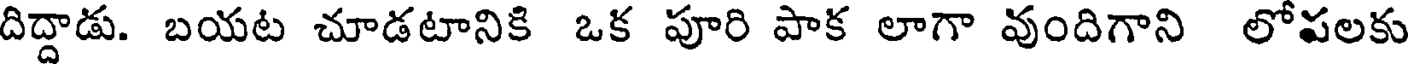
దిద్దాడు. బయట చూడటానికి ఒక పూరి పాక లాగా వుందిగాని లోపలకు